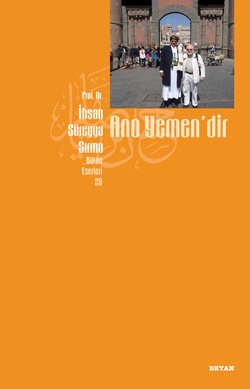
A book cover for Ano Yemen'dir; Ihsan Sureyya Sirma; Travel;